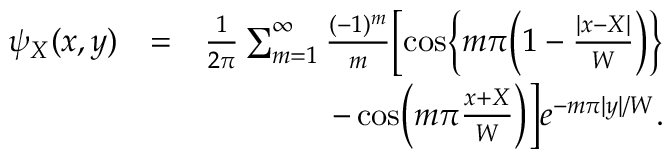
\begin{array} { r l r } { \psi _ { X } ( x , y ) } & { = } & { \frac { 1 } { 2 \pi } \sum _ { m = 1 } ^ { \infty } \frac { ( - 1 ) ^ { m } } { m } \biggl [ \cos \biggl \{ m \pi \biggl ( 1 - \frac { | x - X | } { W } \biggr ) \biggr \} } \\ & { } & { - \cos \biggl ( m \pi \frac { x + X } { W } \biggr ) \biggr ] e ^ { - m \pi | y | / W } . } \end{array}